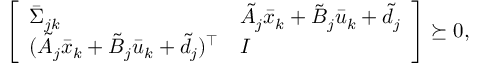
\begin{array} { r } { \left[ \begin{array} { l l } { \bar { \Sigma } _ { j k } } & { \tilde { A } _ { j } \bar { x } _ { k } + \tilde { B } _ { j } \bar { u } _ { k } + \tilde { d } _ { j } } \\ { ( \tilde { A } _ { j } \bar { x } _ { k } + \tilde { B } _ { j } \bar { u } _ { k } + \tilde { d } _ { j } ) ^ { \top } } & { I } \end{array} \right] \succeq 0 , } \end{array}